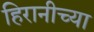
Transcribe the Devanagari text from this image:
हिरानीच्या